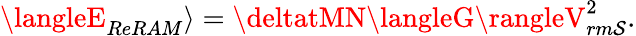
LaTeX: \langleE_{ReRAM}\rangle=\deltatMN\langleG\rangleV_{rm\mathcal{S}}^{2}.